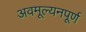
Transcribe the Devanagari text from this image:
अवमूल्यनपूर्ण